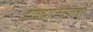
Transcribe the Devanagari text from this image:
डोळ्याजवळची